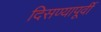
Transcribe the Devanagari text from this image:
दिसण्यापूर्वी